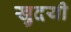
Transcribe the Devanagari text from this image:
खुदयी